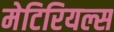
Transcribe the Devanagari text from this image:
मेटिरियल्स